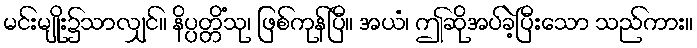
မင်းမျိုး၌သာလျှင်။ နိပ္ပတ္တိံသု၊ ဖြစ်ကုန်ပြီ။ အယံ၊ ဤဆိုအပ်ခဲ့ပြီးသော သည်ကား။